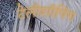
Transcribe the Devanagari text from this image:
टेलीशॉपिंग